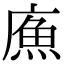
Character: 𢊧